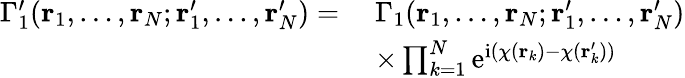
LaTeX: \begin{array}{rl}{\Gamma_{1}^{\prime}(\mathbf{r}_{1},\ldots,\mathbf{r}_{N};\mathbf{r}_{1}^{\prime},\ldots,\mathbf{r}_{N}^{\prime})=\; }&{\Gamma_{1}(\mathbf{r}_{1},\ldots,\mathbf{r}_{N};\mathbf{r}_{1}^{\prime},\ldots,\mathbf{r}_{N}^{\prime})}\\ &{\times\prod_{k=1}^{N}\mathrm{e}^{\mathrm{i}\left(\chi(\mathbf{r}_{k})-\chi(\mathbf{r}_{k}^{\prime})\right)}}\end{array}